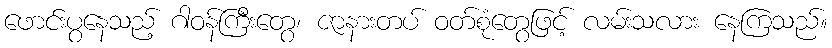
ဖောင်းပွနေသည့် ဂါဝန်ကြီးတွေ၊ ဇာနားတပ် ဝတ်စုံတွေဖြင့် လမ်းသလား နေကြသည်။